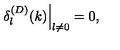
\left. \delta _ { l } ^ { ( D ) } ( k ) \right| _ { l \neq 0 } = 0 ,